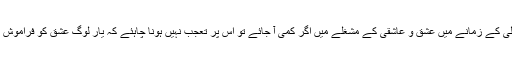
قحط سالی کے زمانے میں عشق و عاشقی کے مشغلے میں اگر کمی آ جائے تو اس پر تعجب نہیں ہونا چاہئے کہ یار لوگ عشق کو فراموش کر دیں۔